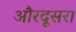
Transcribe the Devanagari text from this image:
औरदूसरा